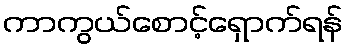
ကာကွယ်စောင့်ရှောက်ရန်